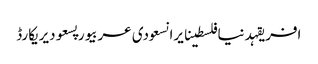
افریقہدنیافلسطینایرانسعودی عربیورپسعودیریکارڈ